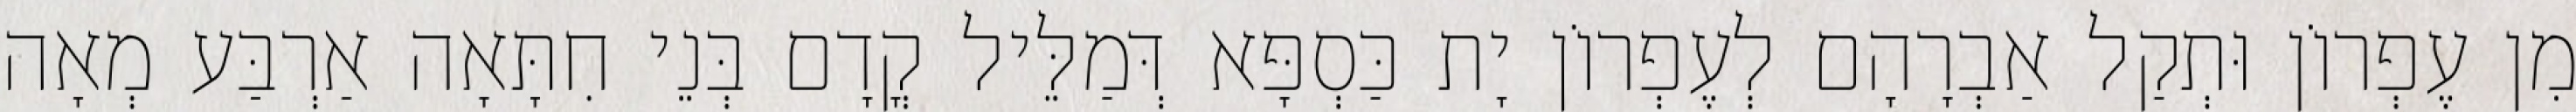
מִן עֶפְרוֹן וּתְקַל אַבְרָהָם לְעֶפְרוֹן יָת כַּסְפָּא דְּמַלֵּיל קֳדָם בְּנֵי חִתָּאָה אַרְבַּע מְאָה